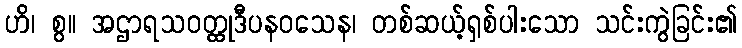
ဟိ၊ စွ။ အဌာရသဝတ္ထုဒီပနဝသေန၊ တစ်ဆယ့်ရှစ်ပါးသော သင်းကွဲခြင်း၏